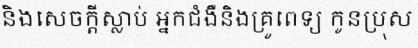
និងសេចក្តីស្លាប់ អ្នកជំងឺនិងគ្រូពេទ្យ កូនប្រុស